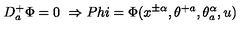
D _ { a } ^ { + } \Phi = 0 \ \Rightarrow P h i = \Phi ( x ^ { \pm \alpha } , \theta ^ { + a } , \theta _ { a } ^ { \alpha } , u )